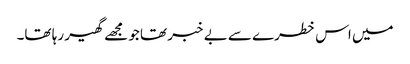
میں اس خطرے سے بے خبر تھا جو مجھے گھیر رہا تھا۔